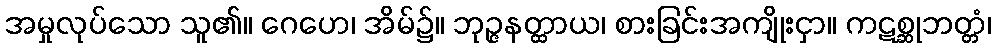
အမှုလုပ်သော သူ၏။ ဂေဟေ၊ အိမ်၌။ ဘုဉ္ဇနတ္ထာယ၊ စားခြင်းအကျိုးငှာ။ ကဋစ္ဆုဘတ္တံ၊